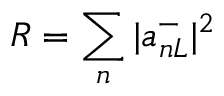
R = \sum _ { n } | a _ { n L } ^ { - } | ^ { 2 }